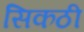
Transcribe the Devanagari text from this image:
सिकठी